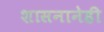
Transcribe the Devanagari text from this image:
शासनानेही